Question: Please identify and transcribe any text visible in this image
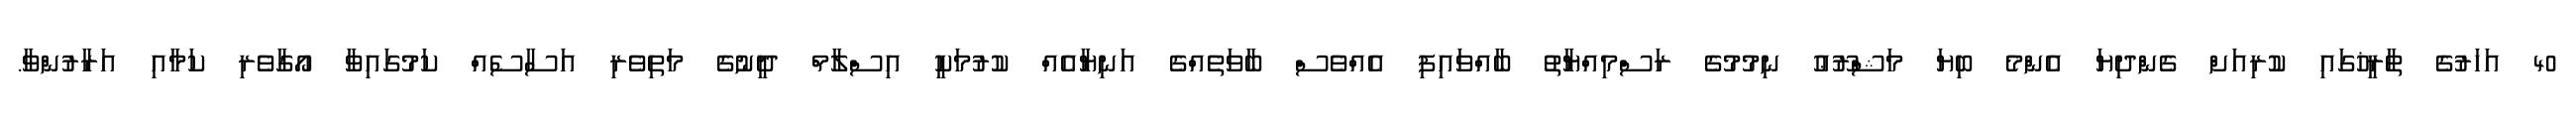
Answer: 40 އަހަރުގެ ތާރީޚުގައި ކުރިއަށް ގެންދިޔަ އެންމެ ބިޔަ މަޝްރޫޢު ނިމުމުގެ ރަސްމިއްޔާތު ބާއްވައިފި އެއްވެސް ބާވަތެއްގެ އަނިޔާއެއް ކުރުމަކީ އިސްލާމް ދީނުގެ މަތިވެރި އަސާސެއް ކަމުގައިވާ އޯގާވެރި ކަމާއި އަރާރުންވާ.